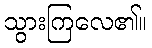
သွားကြလေ၏။